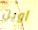
اوين